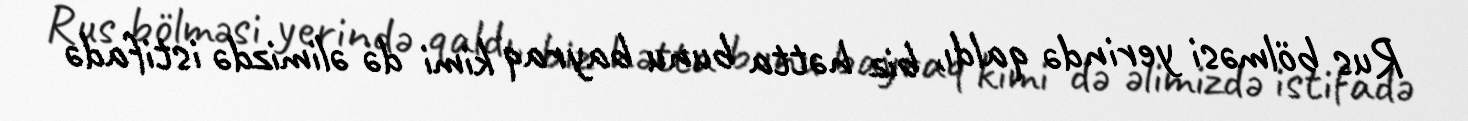
Rus bölməsi yerində qaldı, biz hətta bunu bayraq kimi də əlimizdə istifadə